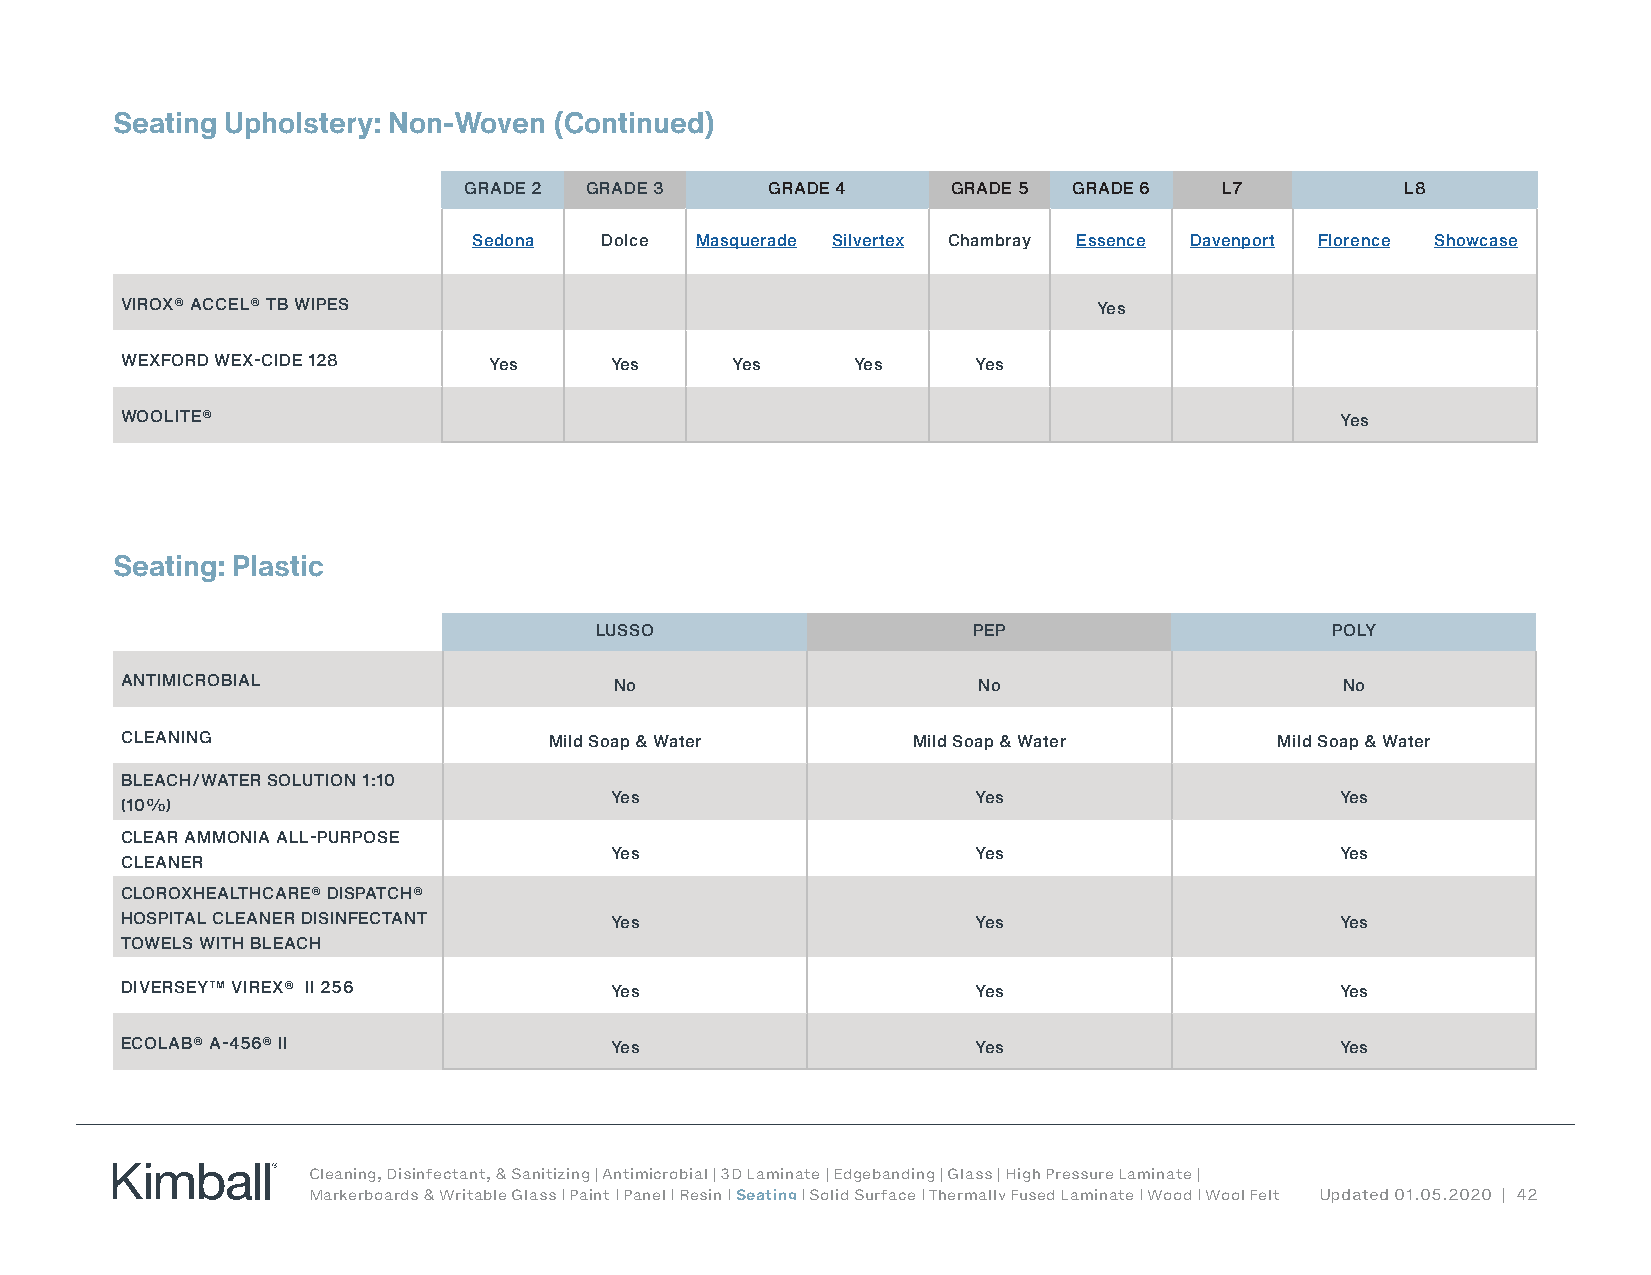
Seating Upholstery: Non-Woven (Continued)
 GRADE 2 GRADE 3     GRADE 4     GRADE 5 GRADE 6   L7          L8
 Sedona   Dolce Masquerade Silvertex Chambray Essence Davenport Florence Showcase
 VIROX® ACCEL® TB WIPES                                           Yes
 WEXFORD WEX-CIDE 128    Yes     Yes     Yes     Yes      Yes
 WOOLITE®                                                                         Yes
 Seating: Plastic
 LUSSO                    PEP                     POLY
 ANTIMICROBIAL                    No                      No                      No
 CLEANING                    Mild Soap & Water       Mild Soap & Water        Mild Soap & Water
 BLEACH/WATER SOLUTION 1:10
 Yes                      Yes                     Yes
 (10%)
 CLEAR AMMONIA ALL-PURPOSE
 Yes                      Yes                     Yes
 CLEANER
 CLOROXHEALTHCARE® DISPATCH®
 HOSPITAL CLEANER DISINFECTANT   Yes                      Yes                     Yes
 TOWELS WITH BLEACH
 DIVERSEY™ VIREX® II 256         Yes                      Yes                     Yes
 ECOLAB® A-456® II               Yes                      Yes                     Yes
 Cleaning, Disinfectant, & Sanitizing | Antimicrobial | 3D Laminate | Edgebanding | Glass | High Pressure Laminate |
 Markerboards & Writable Glass | Paint | Panel | Resin | Seating | Solid Surface | Thermally Fused Laminate | Wood | Wool Felt Updated 01.05.2020 | 42